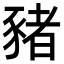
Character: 豬